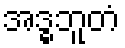
အဒ္ဓဘူတံ